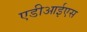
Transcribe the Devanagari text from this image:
एडीआईएस